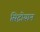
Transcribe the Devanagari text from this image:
सिट्रोयान